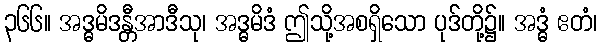
၃၆၆။ အဒ္ဓမိဒန္တီအာဒီသု၊ အဒ္ဓမိဒံ ဤသို့အစရှိသော ပုဒ်တို့၌။ အဒ္ဓံ ဧတံ၊